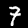
Digit: 7